Lunatic asylums Madras 1892-1911 - 1892-1911
Year: 1892
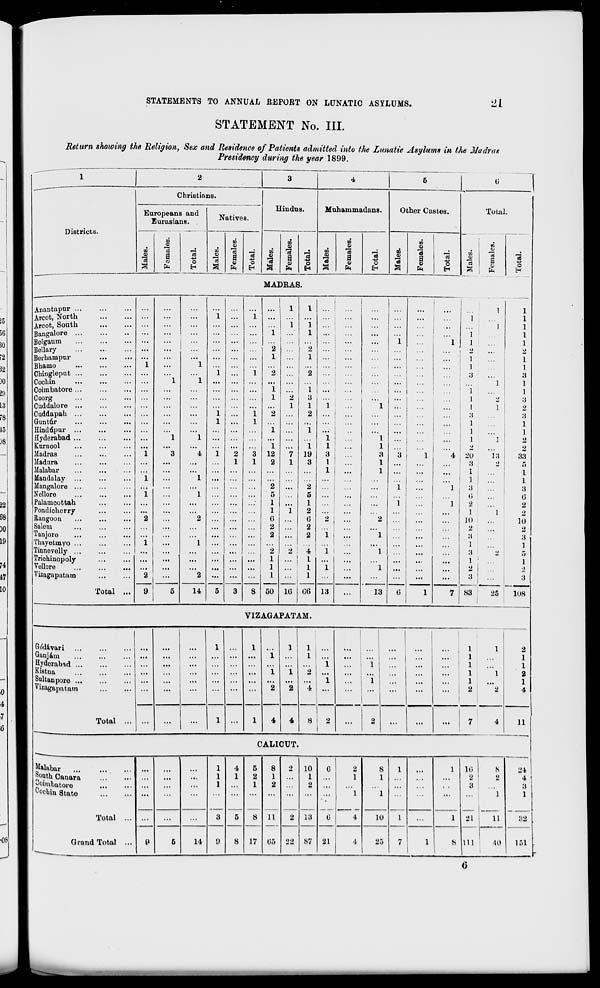
STATEMENTS TO ANNUAL REPORT ON LUNATIC ASYLUMS.
•21
STATEMENT No. III.
Return showing the Religion, Sex and Residence of Patients admitted into the Lunatic Asylums in the Madras
Presidency during the year 1899.
1
2
3
4
5
G
Districts.
Christians.
Hindus.
Muhammad; ins.
Other Castes.
Total
Europeans and
Eurasians.
Natives.
—
GO
9
a
n
®
9
Q
«
"3
o
H
s
9
a.
m
<D
9
a
V
13
o
to
9
a
CO
s
9
a cd
o
H
1
a
01
"3
a »
"3
o
EH
SO
5
"3
a
H
"3
a
9
"3
o
■}.
a>
"3
a
s
"3
a
9
O
MADRAS.
Anantapur ...
Arcot, North
Arcot, South
Bangalore ..
Bolgaum
Bellary
Berhampur
Bhamo
Chingleput ..
Cochin
Coimbatore ..
Coorg
Cuddalore ..
Cuddapah
Guntur
Hindupur ..
Hyderabad ...
Knrnool
Madras
Madura
Malabar
Mandalay
Mangalore ..
Nollore
Palamoottah
Pondicherry
Rangoon
Salem
Tanjoro
Chayetmyo ..
Tinnevelly ..
Trichinopoly
Vellore
Vizagapatara
...
...
...
...
...
...
i
...
...
"i
...
...
i
i
...
...
"2
...
1 i
...
...
2 :
Total ...
9
14
8
1
I
!"
1
i
1
1
2
...
1 2
1
1
2
2
1
1
1
2
3
1
1
2
...
2
i ... i
1 '"
i
12
7 19
2
1
3
2
...
2
5
5
1
1
1
1
2
0
6
2
2
2
...
2
2
"2
4
1
1
1
1
1
10
1
06
50
1
1
s
I
1
13
...
...
1
1
...
1
...
1
...
I
R
3 1
1
1
... '
...
"l
...
1
2
1
1
... 1
1
G j
18
1
1
3
! "i
1
1
3
: i •>
4 I 2(J
8
i
3
i;
2
1
10
1
1
1
1
1
1
1
•}
13
•/.
3
1
3
•>
1 '
•> 1
3
' • 1
83
I
25
1
1
3
1
1
3
•>
3
1
]
2
2
33
5
1
1
3
G
2
o
10
2
3
108
VIZAGAPATAM.
Go'davari
Ganjam
Hydorabid ...
Kistna
Snltanporo ...
Vizagapatam
Total
1
...
1
i
i i
1
1
"2
i
.,
...
...
...
...
1
••
...
1
2
2
4
8
...
2
1
1
...
4
4
1
1
1
1
1
1
2
CALICUT.
Malabar
South Canara
^oimbatore
c°c Wn State
Total ...
Grand Total ...
0
1
4
5
8
2
10
G
2
8
1
1
...
...
...
1
1
1
2
1
1
2
...
1
0
...
1
1
1
1
...
...
...
...
...
3
5
8 11
2 13
G
4
10
1
...
1
"
5
14
8
8
17 G5 22 87 21
4
25
7
1 1 *
10
2
3
11
21 I
11
6 111 1
10
151
24
4
3
1
82
()